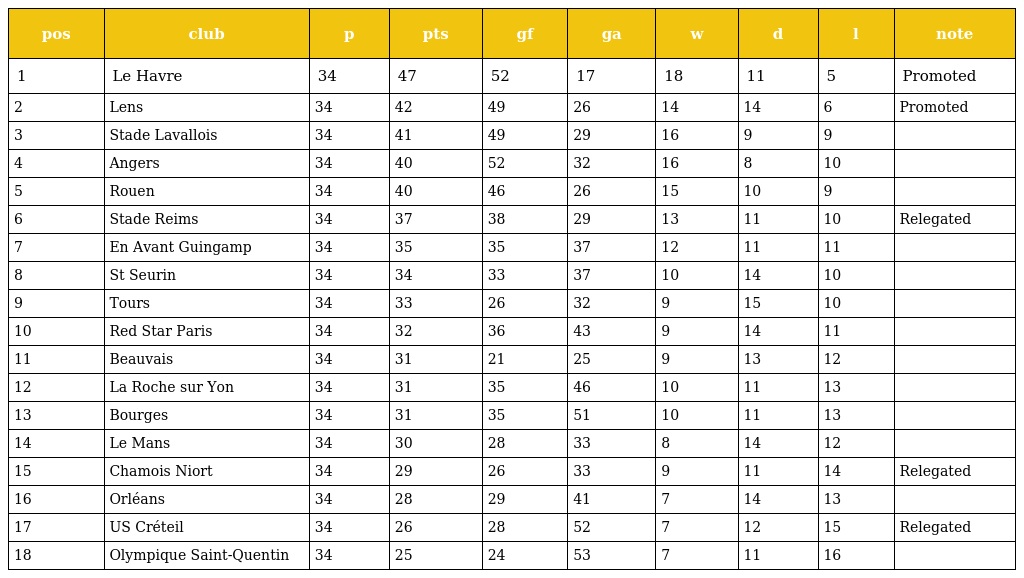
| pos | club | p | pts | gf | ga | w | d | l | note |
 | --- | --- | --- | --- | --- | --- | --- | --- | --- | --- |
 | 1 | Le Havre | 34 | 47 | 52 | 17 | 18 | 11 | 5 | Promoted |
 | 2 | Lens | 34 | 42 | 49 | 26 | 14 | 14 | 6 | Promoted |
 | 3 | Stade Lavallois | 34 | 41 | 49 | 29 | 16 | 9 | 9 |  |
 | 4 | Angers | 34 | 40 | 52 | 32 | 16 | 8 | 10 |  |
 | 5 | Rouen | 34 | 40 | 46 | 26 | 15 | 10 | 9 |  |
 | 6 | Stade Reims | 34 | 37 | 38 | 29 | 13 | 11 | 10 | Relegated |
 | 7 | En Avant Guingamp | 34 | 35 | 35 | 37 | 12 | 11 | 11 |  |
 | 8 | St Seurin | 34 | 34 | 33 | 37 | 10 | 14 | 10 |  |
 | 9 | Tours | 34 | 33 | 26 | 32 | 9 | 15 | 10 |  |
 | 10 | Red Star Paris | 34 | 32 | 36 | 43 | 9 | 14 | 11 |  |
 | 11 | Beauvais | 34 | 31 | 21 | 25 | 9 | 13 | 12 |  |
 | 12 | La Roche sur Yon | 34 | 31 | 35 | 46 | 10 | 11 | 13 |  |
 | 13 | Bourges | 34 | 31 | 35 | 51 | 10 | 11 | 13 |  |
 | 14 | Le Mans | 34 | 30 | 28 | 33 | 8 | 14 | 12 |  |
 | 15 | Chamois Niort | 34 | 29 | 26 | 33 | 9 | 11 | 14 | Relegated |
 | 16 | Orléans | 34 | 28 | 29 | 41 | 7 | 14 | 13 |  |
 | 17 | US Créteil | 34 | 26 | 28 | 52 | 7 | 12 | 15 | Relegated |
 | 18 | Olympique Saint-Quentin | 34 | 25 | 24 | 53 | 7 | 11 | 16 |  |